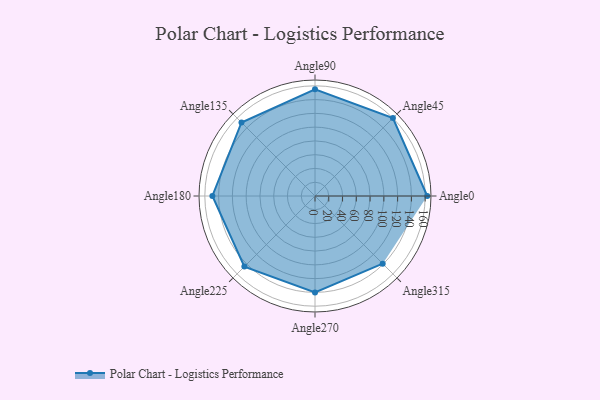
{"axis": {"x": "Angle", "y": "Radius"}, "legend": [""], "data": [{"x": "Angle0", "y": 163.0, "type": ""}, {"x": "Angle45", "y": 160.0, "type": ""}, {"x": "Angle90", "y": 155.0, "type": ""}, {"x": "Angle135", "y": 151.0, "type": ""}, {"x": "Angle180", "y": 149.0, "type": ""}, {"x": "Angle225", "y": 145.0, "type": ""}, {"x": "Angle270", "y": 140.0, "type": ""}, {"x": "Angle315", "y": 139.0, "type": ""}]}